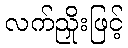
လက်ညှိုးဖြင့်